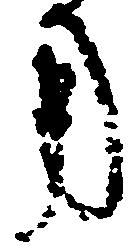
用